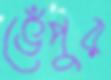
ভেঁপুর